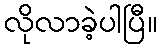
လိုလာခဲ့ပါပြီ။